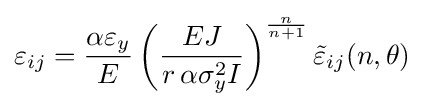
\varepsilon _{ij}={\frac {\alpha \varepsilon _{y}}{E}}\left({\frac {EJ}{r\,\alpha \sigma _{y}^{2}I}}\right)^{{n} \over {n+1}}{\tilde {\varepsilon }}_{ij}(n,\theta )